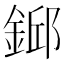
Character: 𨨎